Report on vaccination proceedings throughout the Government of Bengal -
Year: 1868
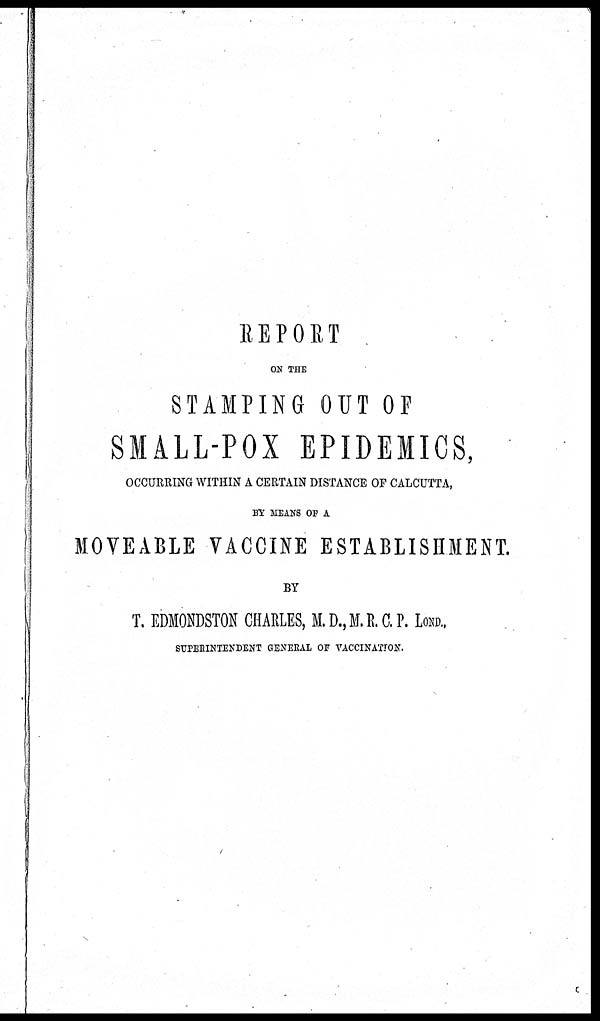
REPORT
ON THE
STAMPING OUT OF
SMALL-POX EPIDEMICS,
OCCURRING WITHIN A CERTAIN DISTANCE OF CALCUTTA,
BY MEANS OF A
MOVEABLE VACCINE ESTABLISHMENT.
BY
T. EDMONDSTON CHARLES, M.D.,M.R.C.P. LOND.,
SUPERINTENDENT GENERAL OF VACCINATION.